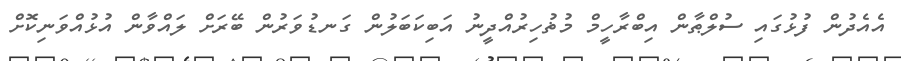
އެއެދުން ފުޅުގައި ސުލްޠާން އިބްރާހީމް މުޡުހިރުއްދީނު އަބިކަބަލުން ގަނޑުވަރުން ބޭރަށް ލައްވާން އުޅުއްވަނިކޮށް